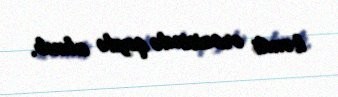
kəndi ərazisində qeydə alınıb.